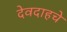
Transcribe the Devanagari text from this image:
देवदाहचे